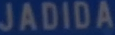
JADIDA